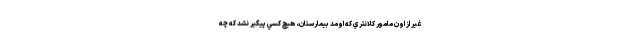
غير از اون مامور كلانتري كه اومد بيمارستان، هيچ كسي پيگير نشد كه چه